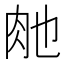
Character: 𮌊